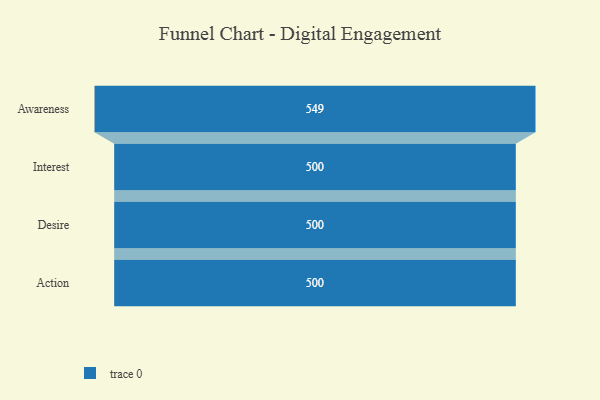
{"axis": {"x": "Stage", "y": "Value"}, "legend": [""], "data": [{"x": "Awareness", "y": 549.0, "type": ""}, {"x": "Interest", "y": 500, "type": ""}, {"x": "Desire", "y": 500, "type": ""}, {"x": "Action", "y": 500, "type": ""}]}